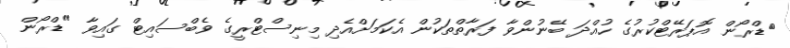
ޑްރޯން އޮޕަރޭޓްކުރުގެ ހުއްދަ ބޭނުންވާ ފަރާތްތަކުން އެކަމަށްއެދި މިނިސްޓްރީގެ ވެބްސައިޓް ގައިވާ "ޑްރޯން